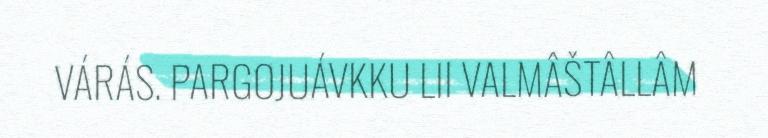
VÁRÁS. PARGOJUÁVKKU LII VALMÂŠTÂLLÂM